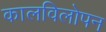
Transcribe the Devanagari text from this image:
कालविलोपन